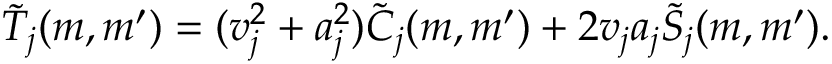
\tilde { T } _ { j } ( m , m ^ { \prime } ) = ( v _ { j } ^ { 2 } + a _ { j } ^ { 2 } ) \tilde { \cal C } _ { j } ( m , m ^ { \prime } ) + 2 v _ { j } a _ { j } \tilde { \cal S } _ { j } ( m , m ^ { \prime } ) .